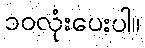
၁၀လုံးပေးပါ။